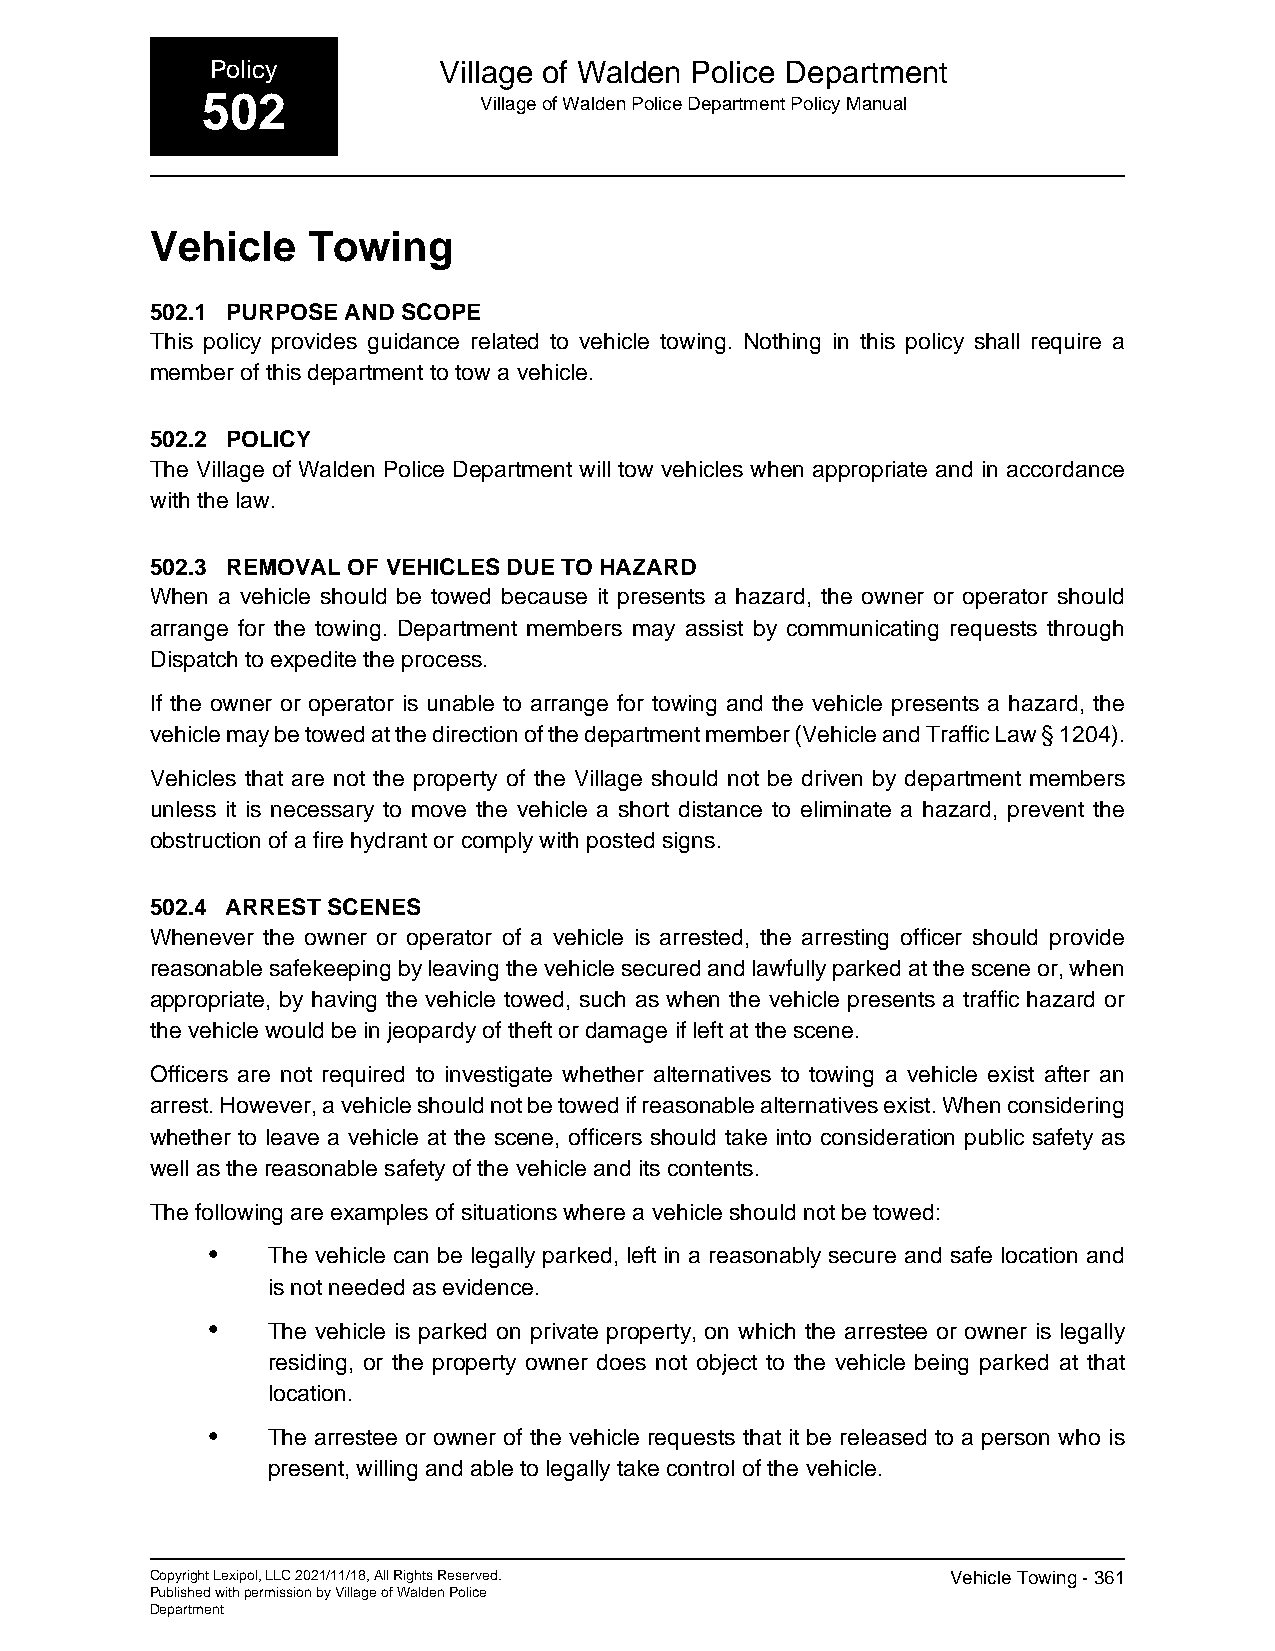
Policy         Village of Walden Police Department
 502                Village of Walden Police Department Policy Manual
 Vehicle   Towing
 502.1 PURPOSE AND SCOPE
 This policy provides guidance related to vehicle towing. Nothing in this policy shall require a
 member of this department to tow a vehicle.
 502.2 POLICY
 The Village of Walden Police Department will tow vehicles when appropriate and in accordance
 with the law.
 502.3 REMOVAL OF VEHICLES DUE TO HAZARD
 When a vehicle should be towed because it presents a hazard, the owner or operator should
 arrange for the towing. Department members may assist by communicating requests through
 Dispatch to expedite the process.
 If the owner or operator is unable to arrange for towing and the vehicle presents a hazard, the
 vehicle may be towed at the direction of the department member (Vehicle and Traffic Law § 1204).
 Vehicles that are not the property of the Village should not be driven by department members
 unless it is necessary to move the vehicle a short distance to eliminate a hazard, prevent the
 obstruction of a fire hydrant or comply with posted signs.
 502.4 ARREST SCENES
 Whenever the owner or operator of a vehicle is arrested, the arresting officer should provide
 reasonable safekeeping by leaving the vehicle secured and lawfully parked at the scene or, when
 appropriate, by having the vehicle towed, such as when the vehicle presents a traffic hazard or
 the vehicle would be in jeopardy of theft or damage if left at the scene.
 Officers are not required to investigate whether alternatives to towing a vehicle exist after an
 arrest. However, a vehicle should not be towed if reasonable alternatives exist. When considering
 whether to leave a vehicle at the scene, officers should take into consideration public safety as
 well as the reasonable safety of the vehicle and its contents.
 The following are examples of situations where a vehicle should not be towed:
 •   The vehicle can be legally parked, left in a reasonably secure and safe location and
 is not needed as evidence.
 •   The vehicle is parked on private property, on which the arrestee or owner is legally
 residing, or the property owner does not object to the vehicle being parked at that
 location.
 •   The arrestee or owner of the vehicle requests that it be released to a person who is
 present, willing and able to legally take control of the vehicle.
 Copyright Lexipol, LLC 2021/11/18, All Rights Reserved. Vehicle Towing - 361
 Published with permission by Village of Walden Police
 Department